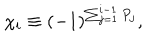
LaTeX: \chi _ { i } \equiv ( - 1 ) ^ { \sum _ { j = 1 } ^ { i - 1 } P _ { j } } ,